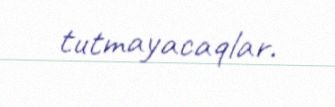
tutmayacaqlar.